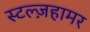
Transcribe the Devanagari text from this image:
स्टल्ज़हामर